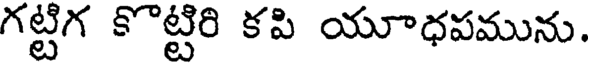
గట్టిగ కొట్టిరి కపి యూధపమును.